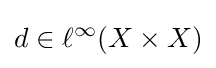
d\in \ell ^{\infty }(X\times X)